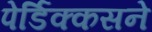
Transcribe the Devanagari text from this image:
पेर्डिक्कसने